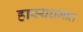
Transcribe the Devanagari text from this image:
हास्यधमाल